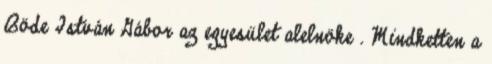
Böde István Gábor az egyesület alelnöke . Mindketten a